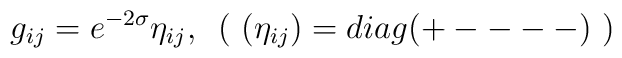
g_{ij}=e^{-2\sigma}\eta_{ij},~\left( ~(\eta_{ij})=diag(+----)~ \right)